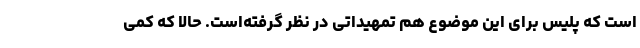
است که پلیس برای این موضوع هم تمهیداتی در نظر گرفته‌است. حالا که کمی